Document type: Emphyteutic lease
Year: 1281
Scribe: Pere Marquès
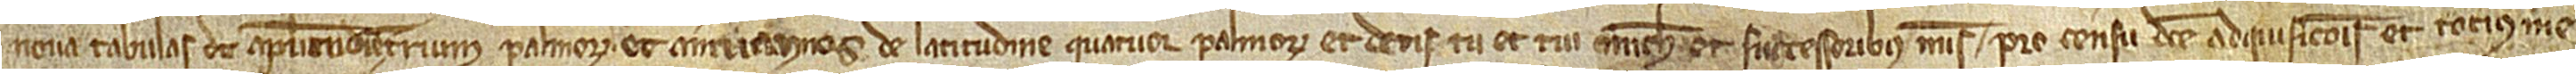
nova tabulas de amplitudine trium palmorum et amiriannos de latitudine quatuor palmorum; et detis tu et tuis michi et successoribus meis pro censu dicte adquisicionis et totius me-